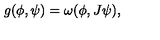
g ( \phi , \psi ) = \omega ( \phi , J \psi ) ,